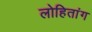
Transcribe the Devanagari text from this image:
लोहितांग